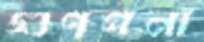
গুণপনা